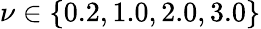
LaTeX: \nu\in\{ 0.2,1.0,2.0,3.0\}